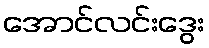
အောင်လင်းဒွေး